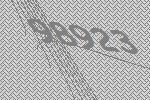
98923